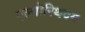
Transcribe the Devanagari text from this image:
एल्गोरिथदम